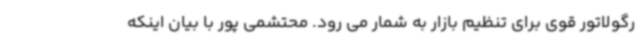
رگولاتور قوی برای تنظیم بازار به شمار می رود. محتشمی پور با بیان اینکه